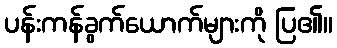
ပန်းကန်ခွက်ယောက်များကို ပြ၏။